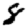
Digit: 8